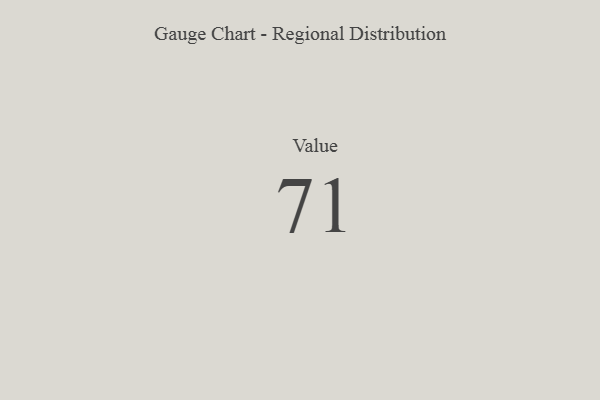
{"axis": {"x": "Metric", "y": "Value"}, "legend": [""], "data": [{"x": "Value", "y": 71, "type": ""}]}